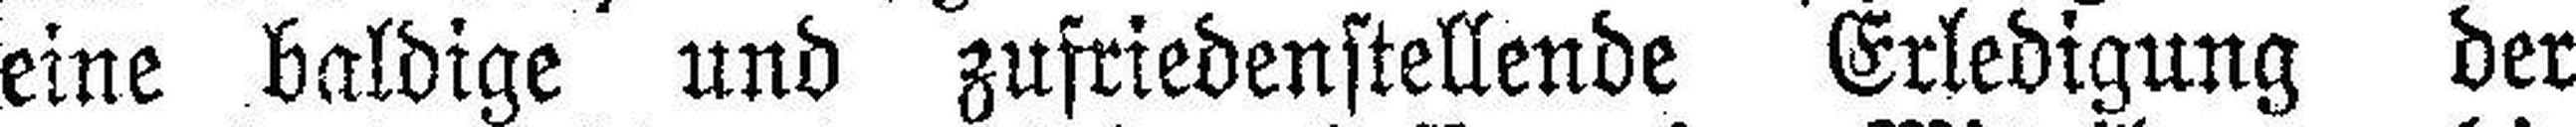
eine baldige und zufriedenstellende Erledigung der